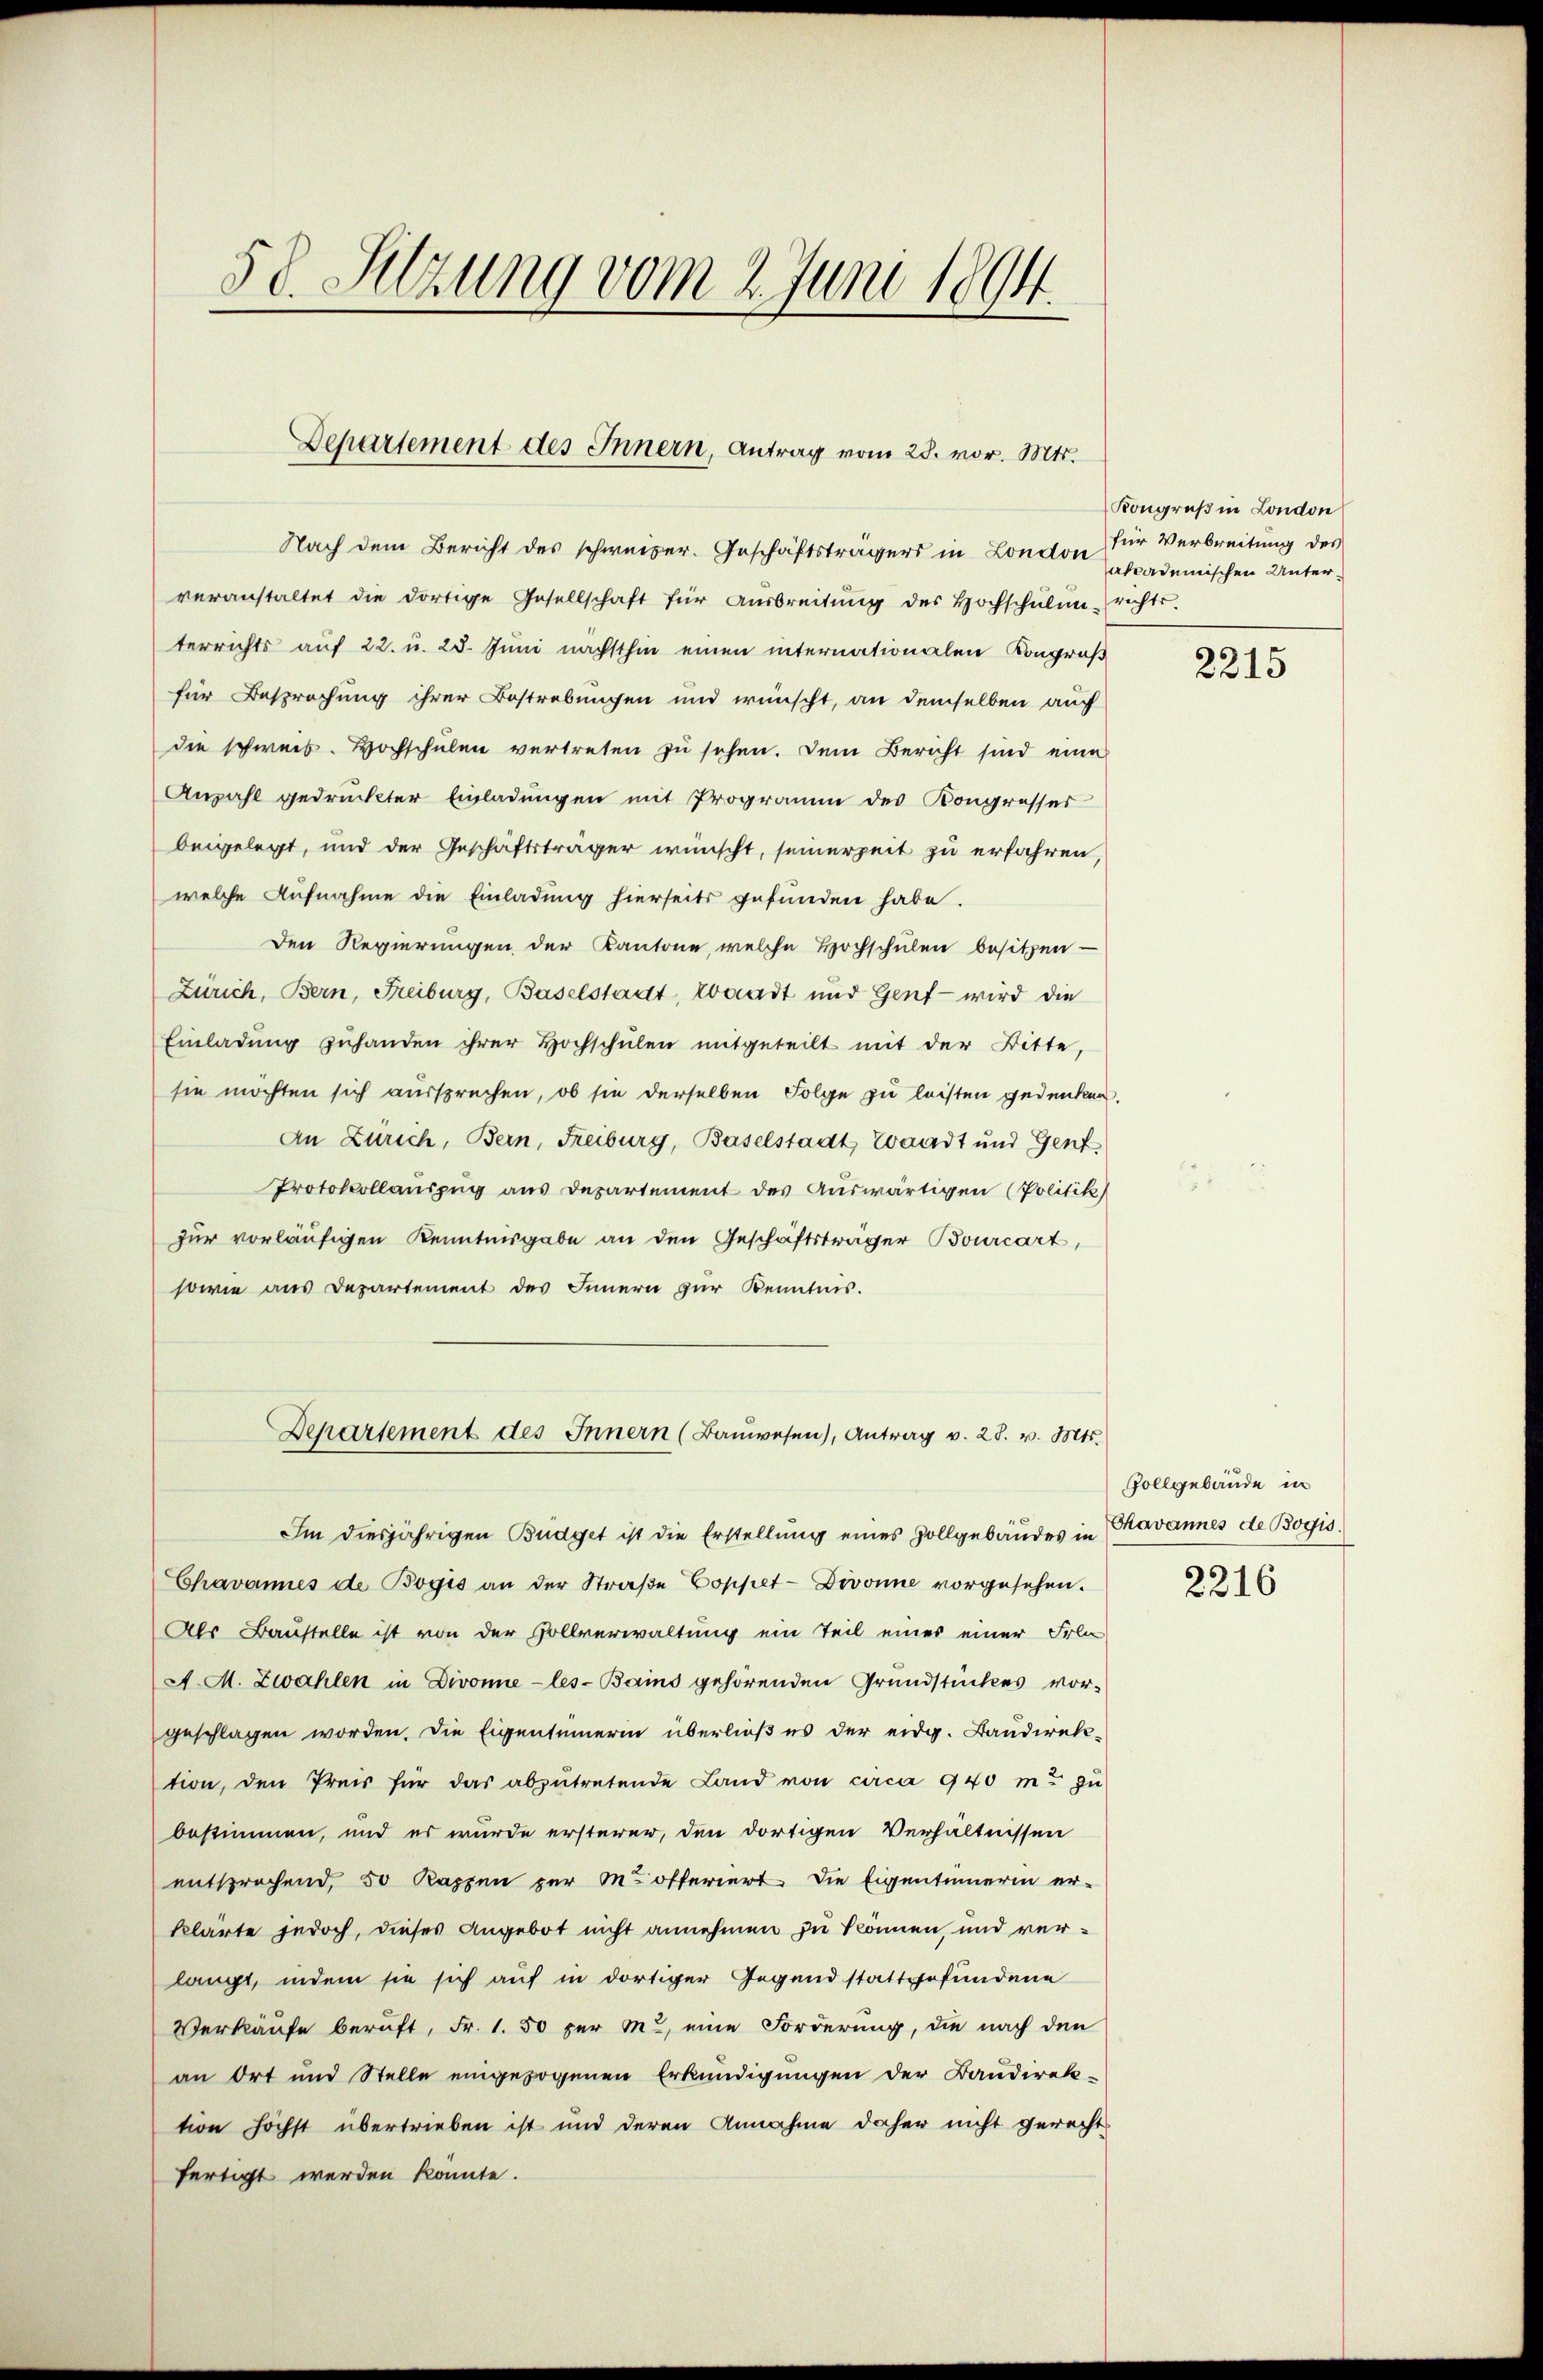
58. Sitzung vom 2. Juni 1894.

Departement des Innern, Antrag vom 28. vor. Mts.

Nach dem Bericht des schweizer. Geschäftsträgers in London für Verbreitung des
veranstaltet die dortige Gesellschaft für Aŭsbreitŭng des Hochschŭlenrichts.
terrichts auf 22. u. 28. Juni nächsthin einen internationalen Kongruß
für Besprechung ihrer Bestrebungen und wünscht, an demselben auf
die schweis. Hochschulen vertreten zu sehen. Dem Bericht sind eine
Anzahl gedruckter Einladungen mit Programm des Kongresser
beigelegt, und der Geschäftsträger wünscht, seinerzeit zu erfahren,
welche Aufnahme die Einladung hierseits gefunden habe.
Den Regierungen der Kantone, welche Hochschulen besitzen -
Zürich, Bern, Freiburg, Baselstadt, Waadt und Genf wird die
Einladung zuhanden ihrer Hochschulen mitgeteilt mit der Bitte,
sie möchten sich aussprechen, ob sie derselben Folge zu leisten gedenken.
An Zürich, Bern, Freiburg, Baselstadt, Waadt und Gent
Protokollauszug aus Departement des Auswärtigen (Politik
zur vorläufigen Kenntnisgabe an den Geschäftsträger Bourcart,
sowie aus Departement des Innern zur Kenntnis.
Departement des Innern (Baŭwesen), Antrag v. 28. v. Mts.
Im diesjährigen Büdget ist die Erstellŭng eines Zollgebäŭdes in Chavannes de Bogis
Chavannes de Bogis an der Straβe Coppet-Divonne vorgesehen.
Als Baustelle ist von der Hollverwaltung ein Teil eines einer Fra
A. M. Zwahlen in Divonne-les-Bains gehörenden Grundstückes vor-
geschlagen worden. Die Eigentümerin überließ es der eidg. Bandirektion, den Preis für das abzŭtretende Land von circa 940 m zŭ
bestimmen, und es wurde ersterer, den dortigen Verhältnissen
entsprochend, 50 Kappen zur M. offeriert die Eigentümerin er-
klärte jedoch, dieses Angebot nicht annehmen zu können, und verlangt, indem sie sich auf in dortiger Gegend stattgefundene
Verkäufe beruft, Fr. 1. 50 per M. eine Forderung, die nach den
an Ort und Stelle eingezogenen Erkundigungen der Bandirek-
tion höchst übertrieben ist und deren Annahme daher nicht gerecht
fertigt werden könnte.

Kongruß in London
akcademischen Unter¬

2215

Gollgebäude in
2316